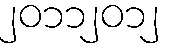
၂၀၁၁၂၀၁၂